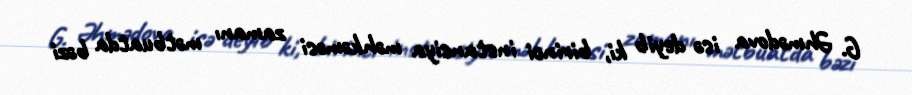
G. Əhmədova isə deyib ki, birinci instansiya məhkəməsi zamanı mətbuatda bəzi